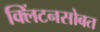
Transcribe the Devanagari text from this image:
क्लिंटनसोबत